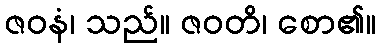
ဇဝနံ၊ သည်။ ဇဝတိ၊ စော၏။